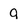
Character: 9